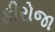
ફીરોજા